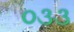
૦૩૩